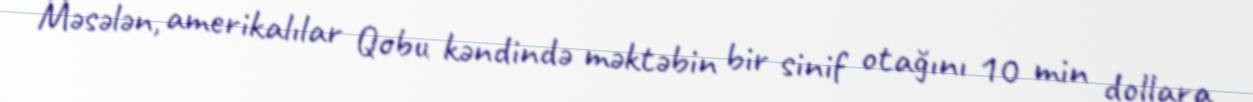
Məsələn, amerikalılar Qobu kəndində məktəbin bir sinif otağını 10 min dollara